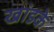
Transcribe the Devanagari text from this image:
खांडके